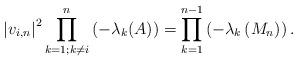
LaTeX: \begin{align*} \left|v_{i, n}\right|^{2} \prod_{k=1 ; k \neq i}^{n}\left(-\lambda_{k}(A)\right)=\prod_{k=1}^{n-1}\left(-\lambda_{k}\left(M_{n}\right)\right) . \end{align*}